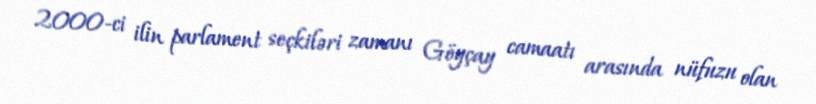
2000-ci ilin parlament seçkiləri zamanı Göyçay camaatı arasında nüfuzu olan